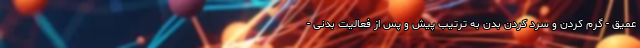
عمیق - گرم کردن و سرد کردن بدن به ترتیب پیش و پس از فعالیت بدنی -